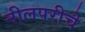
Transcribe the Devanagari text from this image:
नीलपरीचे